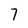
Character: 7